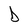
Character: D